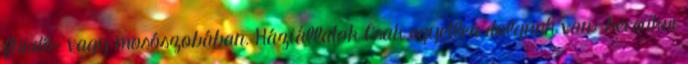
fürdő- vagy mosószobában. Háziállatok Csak egyetlen dolgunk van: becsukni